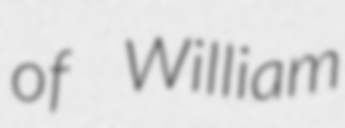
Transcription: of William